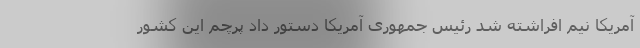
آمریکا نیم‌ افراشته شد رئیس جمهوری آمریکا دستور داد پرچم این کشور